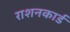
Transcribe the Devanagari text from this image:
राशनकार्ड